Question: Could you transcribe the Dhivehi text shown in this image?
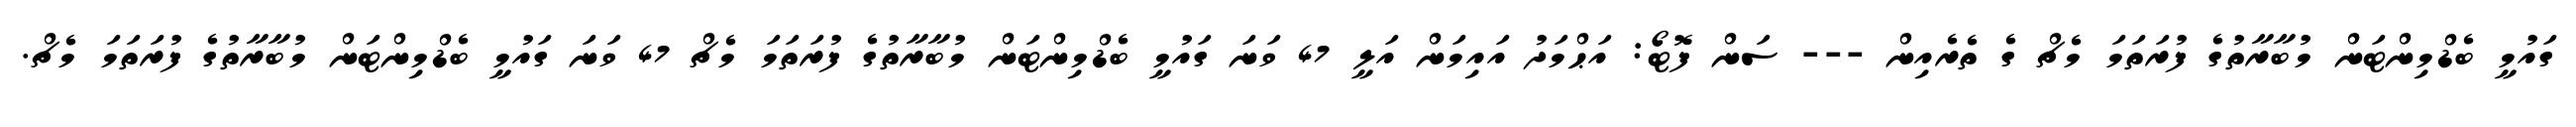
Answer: ގައުމީ ބެޑްމިންޓަން މުބާރާތުގެ ފުރަތަމަ މެޗް ގެ ތެރެއިން --- ސަން ފޮޓޯ: އަޙްމަދު އައިމަން އަލީ 47 ވަނަ ގައުމީ ބެޑްމިންޓަން މުބާރާތުގެ ފުރަތަމަ މެޗް 47 ވަނަ ގައުމީ ބެޑްމިންޓަން މުބާރާތުގެ ފުރަތަމަ މެޗް.